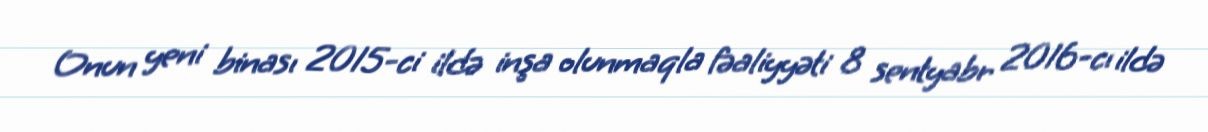
Onun yeni binası 2015-ci ildə inşa olunmaqla fəaliyyəti 8 sentyabr 2016-cı ildə